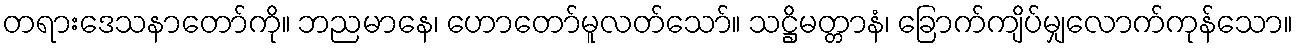
တရားဒေသနာတော်ကို။ ဘညမာနေ၊ ဟောတော်မူလတ်သော်။ သဋ္ဌိမတ္တာနံ၊ ခြောက်ကျိပ်မျှလောက်ကုန်သော။